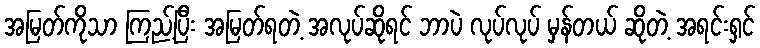
အမြတ်ကိုသာ ကြည့်ပြီး အမြတ်ရတဲ့ အလုပ်ဆိုရင် ဘာပဲ လုပ်လုပ် မှန်တယ် ဆိုတဲ့ အရင်းရှင်